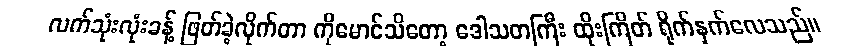
လက်သုံးလုံးခန့် ဖြတ်ခဲ့လိုက်တာ ကိုမောင်သိတော့ ဒေါသတကြီး ထိုးကြိတ် ရိုက်နှက်လေသည်။